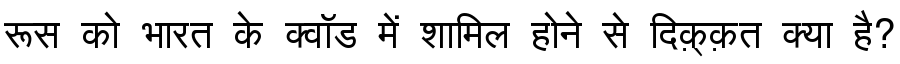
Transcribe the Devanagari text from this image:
रूस को भारत के क्वॉड में शामिल होने से दिक़्क़त क्या है?